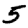
Digit: 5